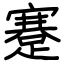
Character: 蹇